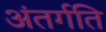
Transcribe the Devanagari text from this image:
अंतर्गति